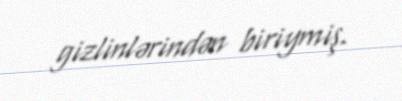
gizlinlərindən biriymiş.